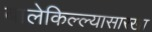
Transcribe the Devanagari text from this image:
बालेकिल्ल्यासारखा